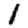
Digit: 1